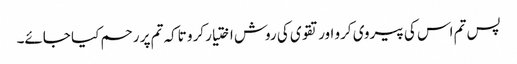
پس تم اس کی پیروی کرو اور تقوی کی روش اختیار کرو تاکہ تم پر رحم کیا جائے۔